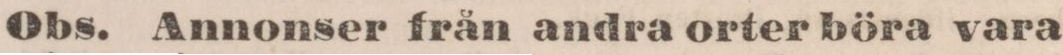
Obs. Annonser från andra orter böra vara